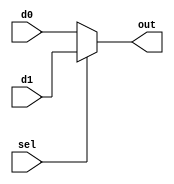
module RISCV_Mux2x1(
    input [31:0] d0,
    input [31:0] d1,
    input        sel,
    output[31:0] out);

    assign out = (sel == 1'b1) ? d1 : d0;
    
endmodule